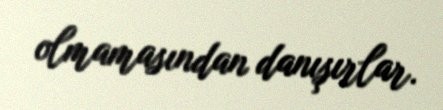
olmamasından danışırlar.